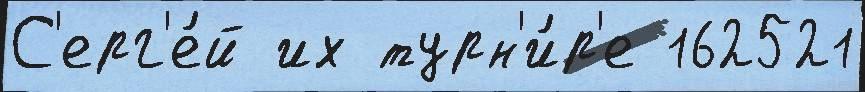
С'ерг'е́й их турн'и́р'е 162521